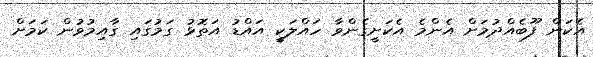
އެކަން ފޫބެއްދުމަށް އެންމެ އެކަށީގެންވާ ހައްލަކީ އައްޑު އަތޮޅު ގަމުގައި ގާއިމުވުން ކަމަށް